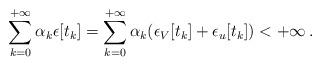
LaTeX: \begin{align*}\sum_{k = 0}^{+ \infty} \alpha_k \epsilon[t_k] = \sum_{k = 0}^{+ \infty} \alpha_k (\epsilon_V[t_k] + \epsilon_u[t_k]) < + \infty \, . \end{align*}